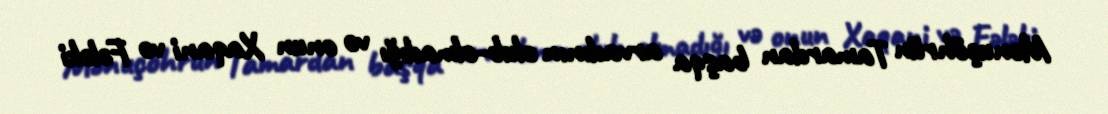
Mənuçöhrün Tamardan başqa arvadının olub-olmadığı və onun Xaqani və Fələki